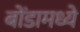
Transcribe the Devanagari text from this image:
बोंडामध्ये